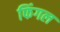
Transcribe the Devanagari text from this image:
फिंगल